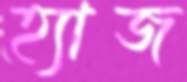
হ্যাজ